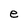
Character: e